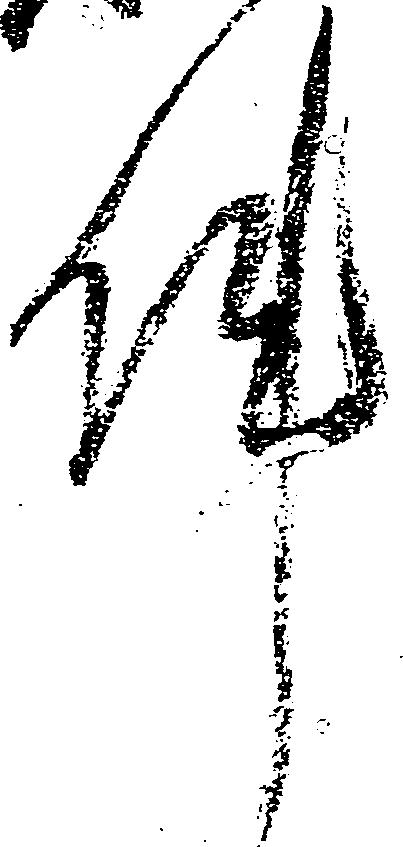
件